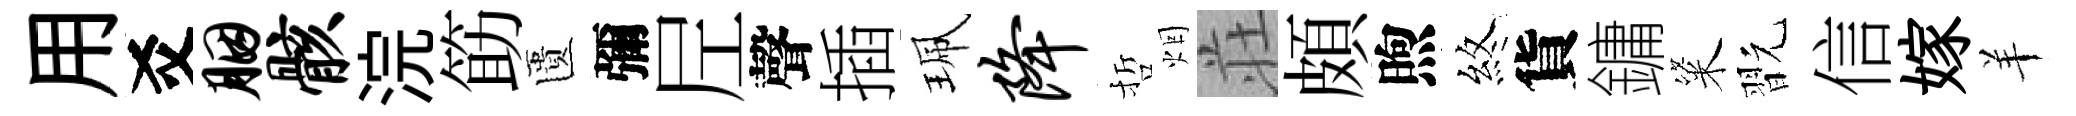
用爻胭骸浣筯匱彌𡰱聲插珮降哲烟荘頗煦煞貨鏞粢翫信嫁羊